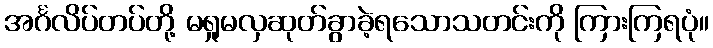
အင်္ဂလိပ်တပ်တို့ မရှုမလှဆုတ်ခွာခဲ့ရသောသတင်းကို ကြားကြရပုံ။